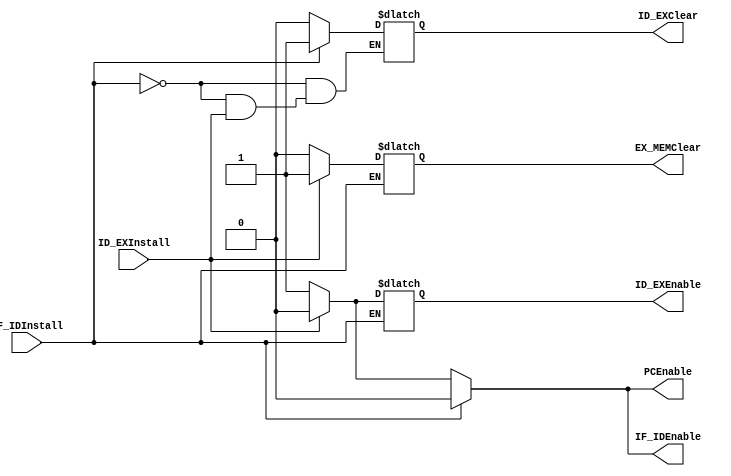
module InstallController(
    input wire IF_IDInstall,
    input wire ID_EXInstall,
    output reg PCEnable,
    output reg IF_IDEnable,
    output reg ID_EXEnable,
    output reg ID_EXClear,
    output reg EX_MEMClear
);
    always @(*) begin
        if(IF_IDInstall) begin
            PCEnable = 0;
            IF_IDEnable = 0;
            ID_EXClear = 1;
        end
        else if(ID_EXInstall) begin
            PCEnable = 0;
            IF_IDEnable = 0;
            ID_EXEnable = 0;
            EX_MEMClear = 1;
        end
        else begin
            PCEnable = 1;
            IF_IDEnable = 1;
            ID_EXEnable = 1;
            ID_EXClear = 0;
            EX_MEMClear = 0;
        end
    
    end

endmodule